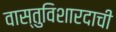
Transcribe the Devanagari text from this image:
वास्तुविशारदाची